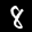
Label: 8